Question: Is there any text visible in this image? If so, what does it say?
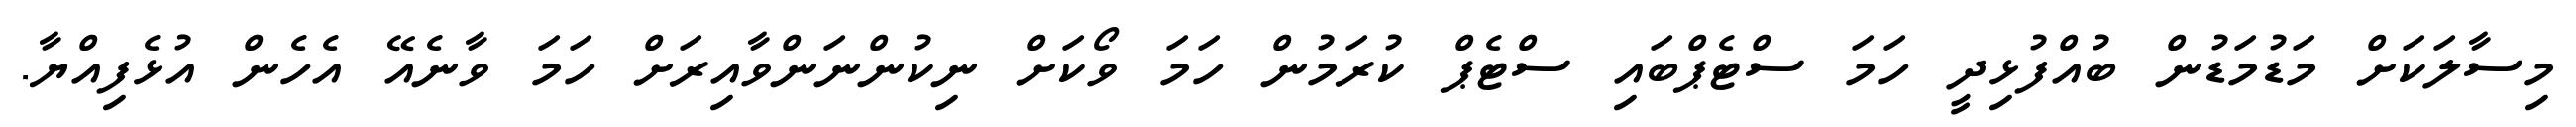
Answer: މިސާލަކަށް މަޑުމަޑުން ބުއްފުޅިދީ ހަމަ ސްޓެޕްބައި ސްޓެޕް ކުރަމުން ހަމަ ވޯކަށް ނިކުންނަންވާއިރަށް ހަމަ ވާނެއޭ އެހެން އުޅެފިއްޔާ.